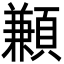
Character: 䫡